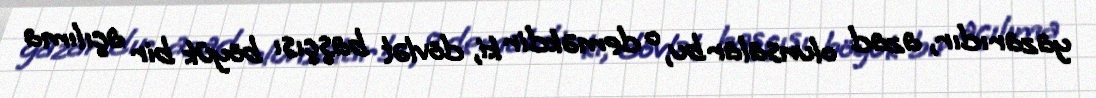
yazarıdır, azad olunsalar bu, o deməkdir ki, dövlət başçısı böyük bir açılıma